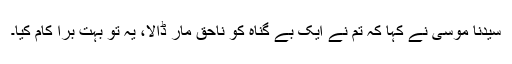
سیدنا موسیٰؑ نے کہا کہ تم نے ایک بے گناہ کو ناحق مار ڈالا، یہ تو بہت بُرا کام کیا۔